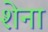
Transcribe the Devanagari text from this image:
शेना